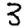
Digit: 3